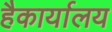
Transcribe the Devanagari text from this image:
हैकार्यालय